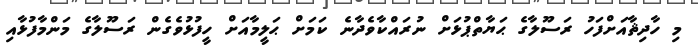
މި ހާދިޘާއަށްފަހު ރަސޫލާގެ ޙަޔާތްޕުޅަށް ނުރައްކާވެދާނެ ކަމަށް ޙަލީމާއަށް ހީފުޅުވެގެން ރަސޫލާގެ މަންމާފުޅާއި